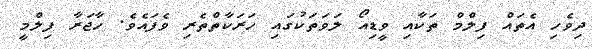
ދިވެހި އެތައް ފިލްމް ތަކާއި ވީޑިއޯ ލަވަތަކުގައި ހަރަކާތްތެރި ވެފައެވެ. ހާޖަރާ ފިލްމީ